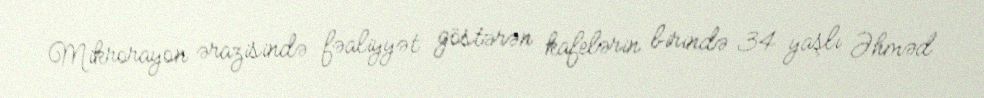
Mikrorayon ərazisində fəaliyyət göstərən kafelərin birində 34 yaşlı Əhməd